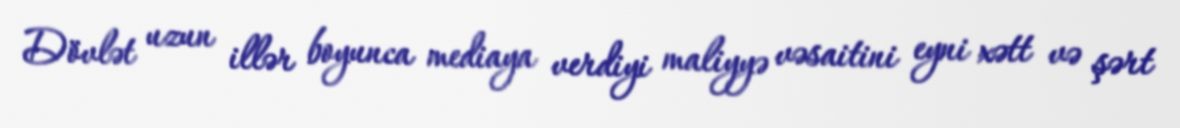
Dövlət uzun illər boyunca mediaya verdiyi maliyyə vəsaitini eyni xətt və şərt